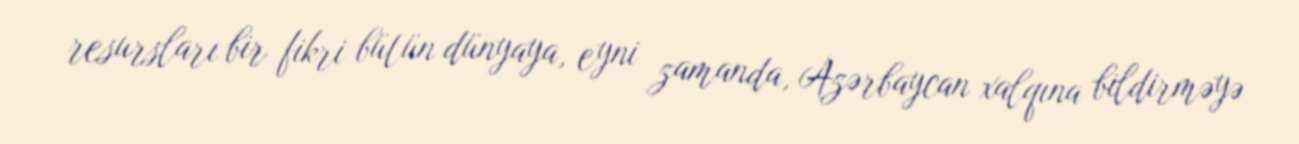
resursları bir fikri bütün dünyaya, eyni zamanda, Azərbaycan xalqına bildirməyə